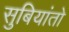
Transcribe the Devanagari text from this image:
सुबियांतो